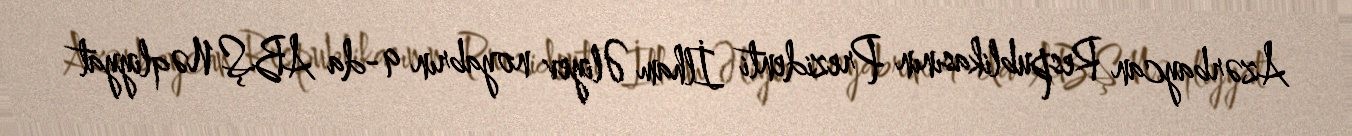
Azərbaycan Respublikasının Prezidenti İlham Əliyev noyabrın 9-da ABŞ Nəqliyyat